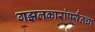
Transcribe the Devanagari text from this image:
गझलकारांपर्यंतचा